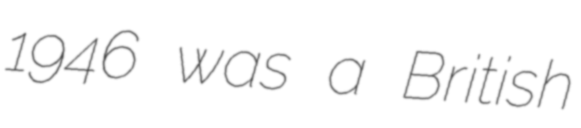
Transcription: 1946 was a British